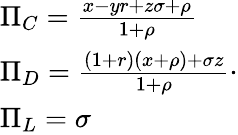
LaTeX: \begin{array}{l}{\Pi_{C}=\frac{x-yr+z\sigma+\rho}{1+\rho}}\\ {\Pi_{D}=\frac{(1+r)(x+\rho)+\sigma z}{1+\rho}}\\ {\Pi_{L}=\sigma}\end{array}.